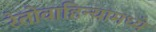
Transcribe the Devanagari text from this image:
रेतोवाहिन्यामध्ये